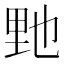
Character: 𨤤